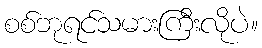
စစ်ဘုရင်သမားကြီးလိုပဲ။